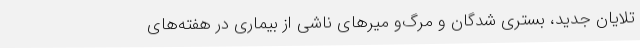
تلایان جدید، بستری شدگان و مرگ‌و میرهای ناشی از بیماری در هفته‌های